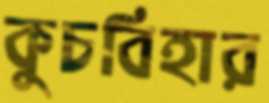
কুচবিহার